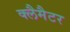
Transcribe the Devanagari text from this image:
क्लैमैटर